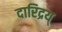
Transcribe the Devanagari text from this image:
दारिद्रय्